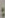
: